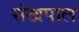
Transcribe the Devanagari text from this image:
संखपाल